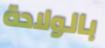
بالولادة